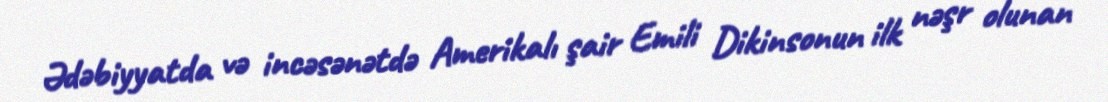
Ədəbiyyatda və incəsənətdə Amerikalı şair Emili Dikinsonun ilk nəşr olunan